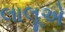
લાલૂએ